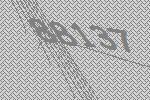
88137